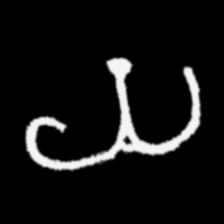
Pyu character \u2014 Myanmar letter: ယ (romanized: ya)